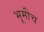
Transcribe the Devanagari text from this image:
भूमीच